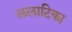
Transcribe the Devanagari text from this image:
ललाटिका